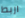
اربط